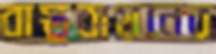
বাস্তুবায়নের